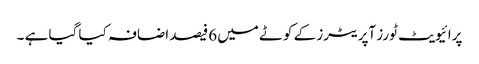
پرائیویٹ ٹورز آپریٹرز کے کوٹے میں 6فیصد اضافہ کیا گیا ہے ۔